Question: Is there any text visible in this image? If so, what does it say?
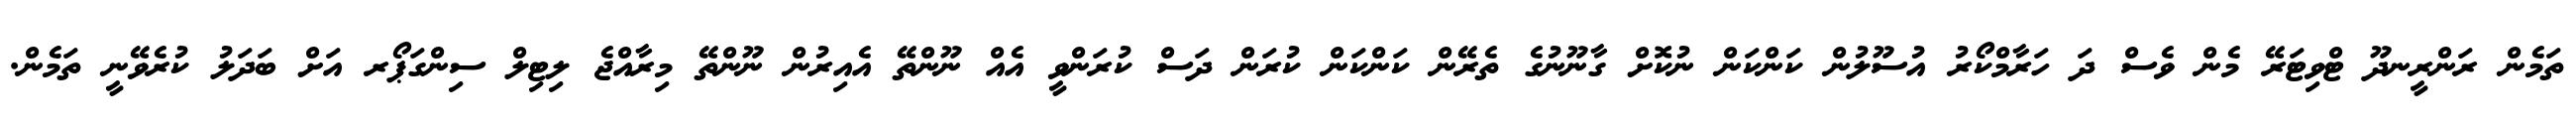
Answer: ތަމެން ރަންރީނދޫ ޓްވިޓަރޭ މެން ވެސް ދަ ހަރާމްކޯރު އުސޫލުން ކަންކަން ނުކޮށް ގާނޫނުގެ ތެރޭން ކަންކަން ކުރަން ދަސް ކުރަންވީ އެއް ނޫންތޭ އެއިރުން ނޫންތޭ މިރާއްޖެ ލިޓިލް ސިންގަޕޯރ އަށް ބަދަލު ކުރެވޭނީ ތަމެން.